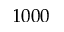
1 0 0 0